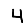
Digit: 4